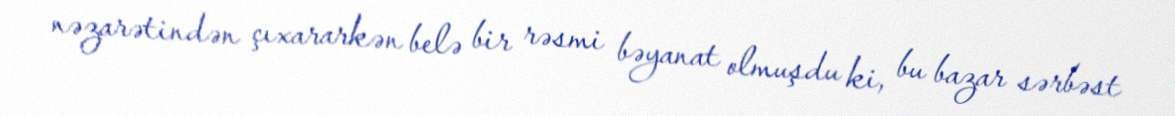
nəzarətindən çıxararkən belə bir rəsmi bəyanat olmuşdu ki, bu bazar sərbəst